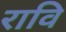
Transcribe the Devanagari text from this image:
रावि